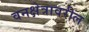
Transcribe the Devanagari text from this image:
वनक्षेत्रावरील